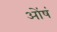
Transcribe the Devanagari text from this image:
ओंषं